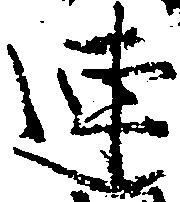
連